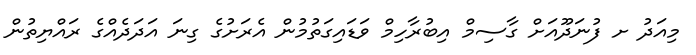
މިއަދު ށ ފުނަދޫއަށް ގާސިމް އިބުރާހިމް ވަޑައިގަތުމުން އެރަށުގެ ގިނަ އަދަދެއްގެ ރައްޔިތުން